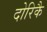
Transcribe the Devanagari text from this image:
दोरिकै